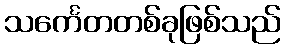
သင်္ကေတတစ်ခုဖြစ်သည်